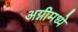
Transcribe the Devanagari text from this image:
अग्नीमध्ये